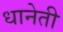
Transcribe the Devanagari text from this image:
धानेती